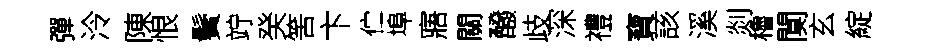
彈泠陳恨鬢竚癸筈卞伫埠寤關醱歧深禮寶該溪剡櫓闃玄綻